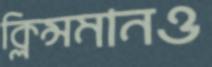
ক্লিন্সমানও